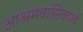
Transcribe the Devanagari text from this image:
आश्रमवासिकपर्व